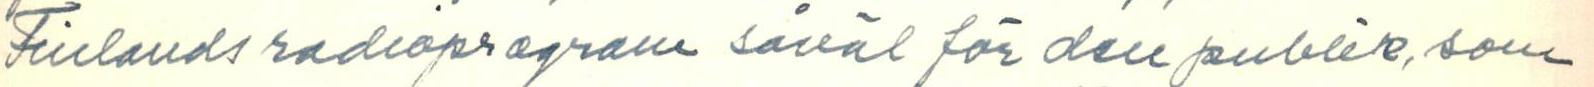
Finlands radioprogram såväl för den publik, som